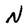
Character: N